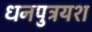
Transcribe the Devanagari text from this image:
धनपुत्रयश